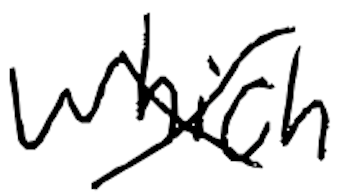
Text: which
Cross-out: cross
Writing tool: digital_black